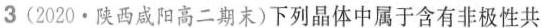
3(2020·陕西咸阳高二期末)下列晶体中属于含有非极性共